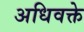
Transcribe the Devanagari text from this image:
अधिवक्ते